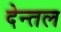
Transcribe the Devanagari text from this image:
देन्तल